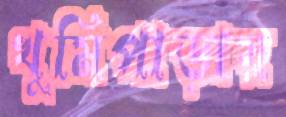
খুমিপাড়ায়